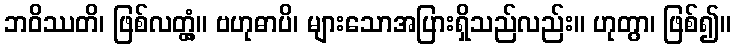
ဘဝိဿတိ၊ ဖြစ်လတ္တံ့။ ဗဟုဓာပိ၊ များသောအပြားရှိသည်လည်း။ ဟုတွာ၊ ဖြစ်၍။